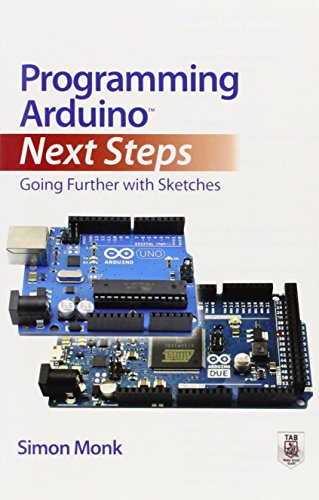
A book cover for Programming Arduino Next Steps: Going Further with Sketches; Simon Monk; Engineering & Transportation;